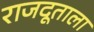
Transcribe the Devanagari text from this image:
राजदूताला